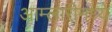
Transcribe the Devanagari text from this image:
आम्लारीमध्ये